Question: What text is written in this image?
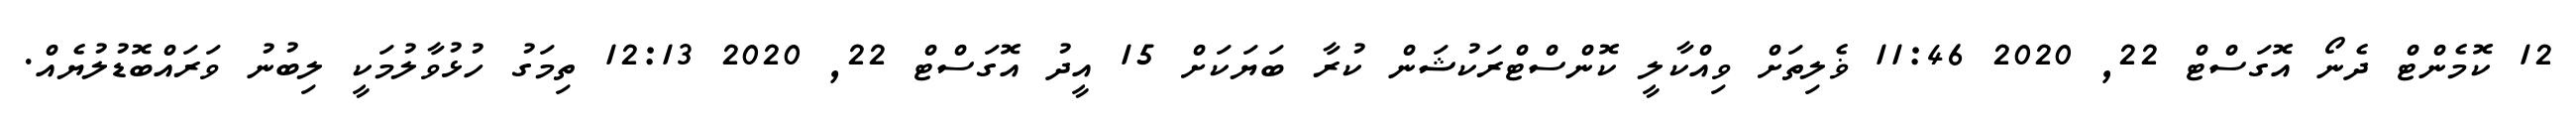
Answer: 12 ކޮމެންޓް ދެނޯ އޮގަސްޓް 22, 2020 11:46 ޥެލިތަށް ވިއްކާލީ ކޮންސްޓްރަކުޝަން ކުރާ ބަޔަކަށް 15 އީދު އޮގަސްޓް 22, 2020 12:13 ތިމަގު ހުޅުވާލުމަކީ ލިބުނު ވަރައްބޮޑުލުޔެއް.